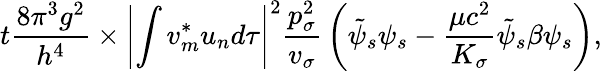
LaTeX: t{\frac{8\pi^{3}g^{2}}{h^{4}}}\times\left|\int v_{m}^{*}u_{n}d\tau\right|^{2}{\frac{p_{\sigma}^{2}}{v_{\sigma}}}\left({\tilde{\psi}}_{s}\psi_{s}-{\frac{\mu c^{2}}{K_{\sigma}}}{\tilde{\psi}}_{s}\beta\psi_{s}\right),